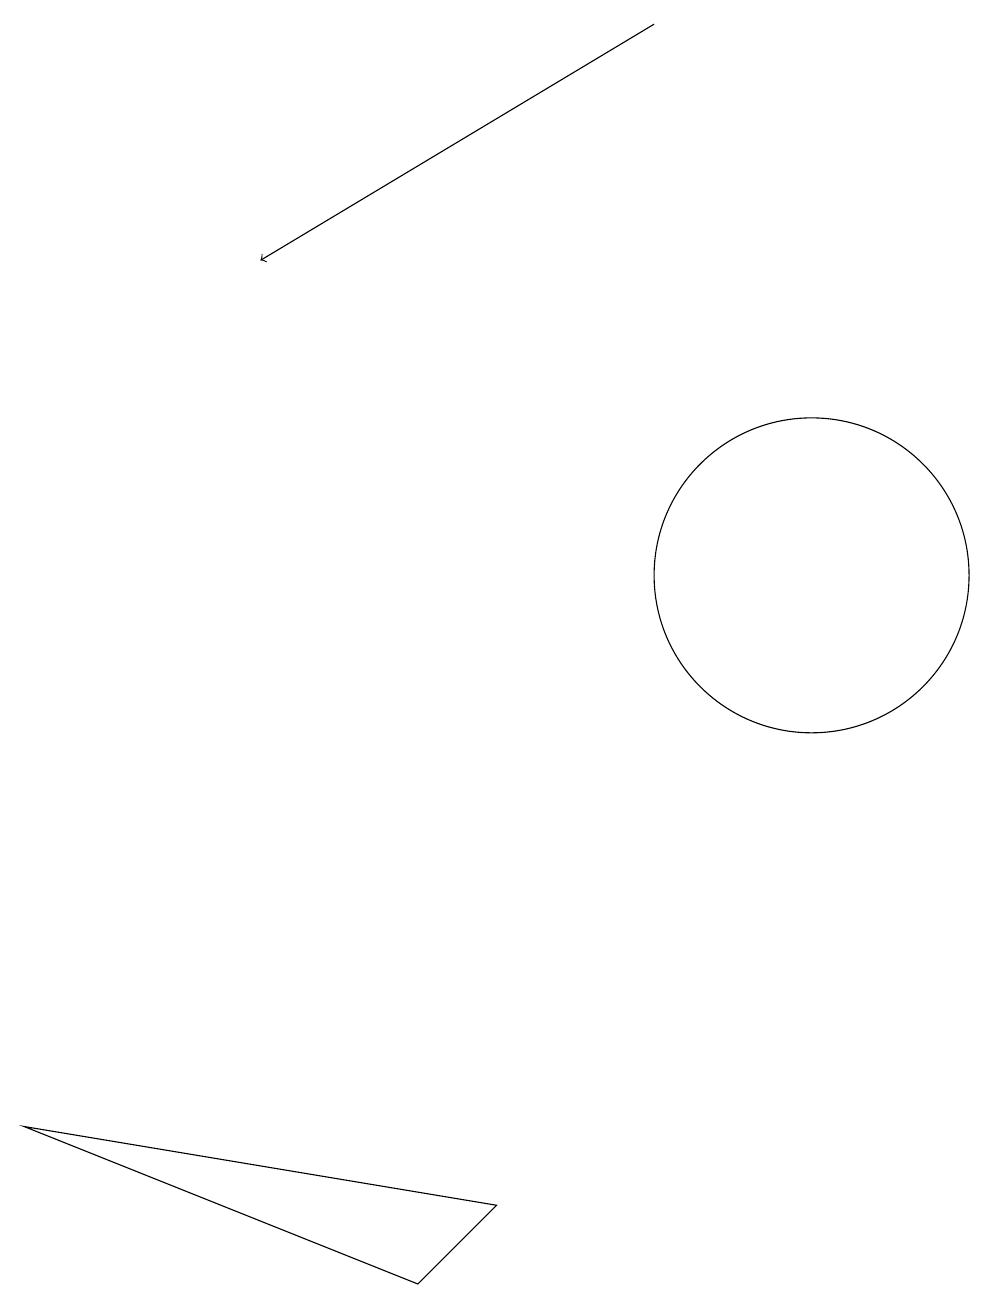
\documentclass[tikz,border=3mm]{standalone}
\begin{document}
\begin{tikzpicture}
\draw (6,3) -- (5,2) -- (0,4) -- cycle;
\draw (10,11) circle (2);
\draw[->] (8,18) -- (3,15);
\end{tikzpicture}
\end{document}